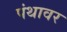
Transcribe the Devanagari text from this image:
पंथावर